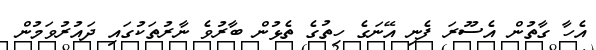
އެހާ ގާތުން އެސޫރަ ފެނި އޭނަގެ ހިތުގެ ތެޅުން ބާރުވެ ނާރުތަކުގައި ދައުރުވަމުން